King Institute of Preventive Medicine Bacteriolog. Section reports 1907-08
Year: 1907
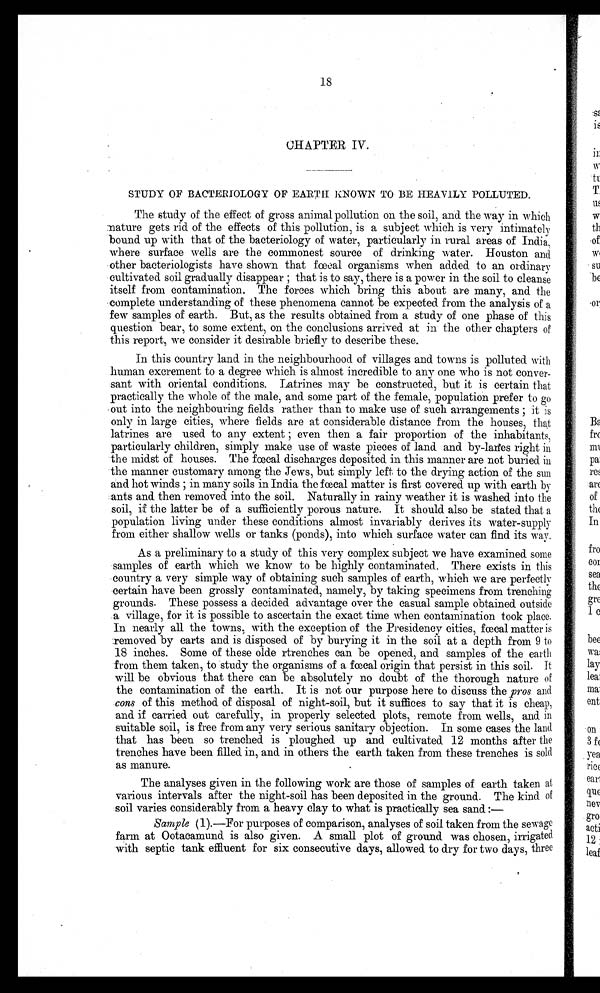
18
CHAPTER IV.
STUDY OF BACTERIOLOGY OF EARTH KNOWN TO BE HEAVILY POLLUTED.
.
The study of the effect of gross animal pollution on the soil, and the way in which
mature gets rid of the effects of this pollution, is a subject which is very intimately
bound up with that of the bacteriology of water, particularly in rural areas of India,
where surface wells are the commonest source of drinking water. Houston and
other bacteriologists have shown that fœcal organisms when added to an ordinary
cultivated soil gradually disappear ; that is to say, there is a power in the soil to cleanse
itself from contamination. The forces which bring this about are many, and the
complete understanding of these phenomena cannot be expected from the analysis of a
few samples of earth. But, as the results obtained from a study of one phase of this
question bear, to some extent, on the conclusions arrived at in the other chapters of
this report, we consider it desirable briefly to describe these.
In this country land in the neighbourhood of villages and towns is polluted with
human excrement to a degree which is almost incredible to any one who is not conver-
sant with oriental conditions. Latrines may be constructed, but it is certain that
practically the whole of the male, and some part of the female, population prefer to go
out into the neighbouring fields rather than to make use of such arrangements ; it is
only in large cities, where fields are at considerable distance from the houses, that
latrines are used to any extent ; even then a fair proportion of the inhabitants,
particularly children, simply make use of waste pieces of land and by-lanes right in
the midst of houses. The fœcal discharges deposited in this manner are not buried in
the manner customary among the Jews, but simply left to the drying action of the sun
and hot winds ; in many soils in India the fœcal matter is first covered up with earth by
ants and then removed into the soil. Naturally in rainy weather it is washed into the
soil, if the latter be of a sufficiently porous nature. It should also be stated that a
population living under these conditions almost invariably derives its water-supply
from either shallow wells or tanks (ponds), into which surface water can find its way.
As a preliminary to a study of this very complex subject we have examined some
samples of earth which we know to be highly contaminated. There exists in this
country a very simple way of obtaining such samples of earth, which we are perfectly
certain have been grossly contaminated, namely, by taking specimens from trenching
grounds. These possess a decided advantage over the casual sample obtained outside
a village, for it is possible to ascertain the exact time when contamination took place.
In nearly all the towns, with the exception of the Presidency cities, fœcal matter is
removed by carts and is disposed of by burying it in the soil at a depth from 9 to
18 inches. Some of these olde rtrenches can be opened, and samples of the earth
from them taken, to study the organisms of a fœcal origin that persist in this soil. It
will be obvious that there can be absolutely no doubt of the thorough nature of
the contamination of the earth. It is not our purpose here to discuss the pros and
cons of this method of disposal of night-soil, but it suffices to say that it is cheap,
and if carried out carefully, in properly selected plots, remote from wells, and in
suitable soil, is free from any very serious sanitary objection. In some cases the land
that has been so trenched is ploughed up and cultivated 12 months after the
trenches have been filled in, and in others the earth taken from these trenches is sold
as manure.
The analyses given in the following work are those of samples of earth taken at
various intervals after the night-soil has been deposited in the ground. The kind of
soil varies considerably from a heavy clay to what is practically sea sand : —
Sample (1).—For purposes of comparison, analyses of soil taken from the sewage
farm at Ootacamund is also given. A small plot of ground was chosen, irrigated
with septic tank effluent for six consecutive days, allowed to dry for two days, three